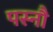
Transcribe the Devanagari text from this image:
पस्नौ